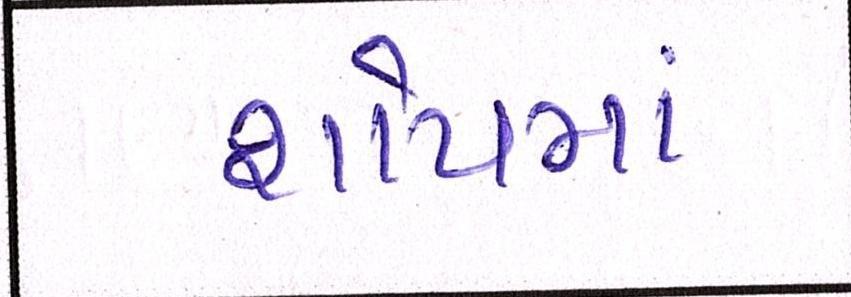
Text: શોપમાં